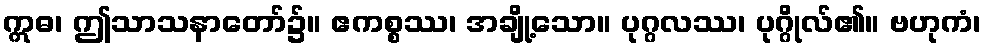
ဣဓ၊ ဤသာသနာတော်၌။ ဧကစ္စဿ၊ အချို့သော။ ပုဂ္ဂလဿ၊ ပုဂ္ဂိုလ်၏။ ဗဟုကံ၊